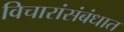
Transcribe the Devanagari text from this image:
विचारांसंबंधात